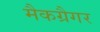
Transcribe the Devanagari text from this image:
मैकग्रैगर